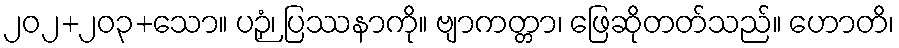
၂၀၂+၂၀၃+သော။ ပဉှံ၊ ပြဿနာကို။ ဗျာကတ္တာ၊ ဖြေဆိုတတ်သည်။ ဟောတိ၊